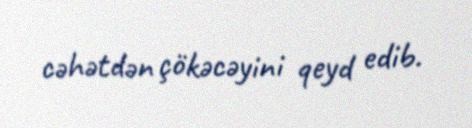
cəhətdən çökəcəyini qeyd edib.